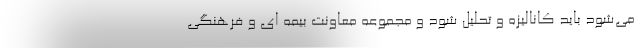
می‌شود باید کانالیزه و تحلیل شود و مجموعه معاونت بیمه ای و فرهنگی